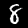
Label: 8